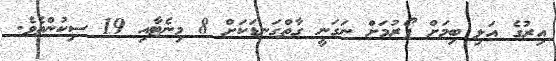
އިރުގެ އަލި ބިމަށް ފޯރުމަށް ނަގަނީ ގާތްގަނޑަކަށް 8 މިނެޓާއި 19 ސިކުންތެވެ.